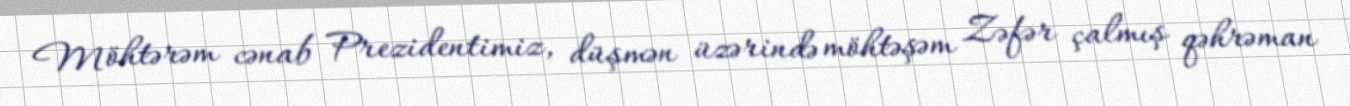
Möhtərəm cənab Prezidentimiz, düşmən üzərində möhtəşəm Zəfər çalmış qəhrəman